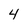
Character: 4